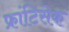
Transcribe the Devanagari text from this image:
फ्रांटिसेक